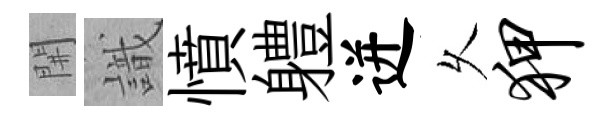
𨳩識憤軆迸乆狎